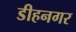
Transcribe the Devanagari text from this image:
डीहनगर